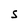
Character: S